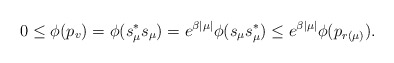
\begin{align*}0\leq \phi(p_v)=\phi(s_\mu^* s_\mu)=e^{\beta|\mu|}\phi(s_\mu s_\mu^*)\leq e^{\beta|\mu|}\phi(p_{r(\mu)}).\end{align*}